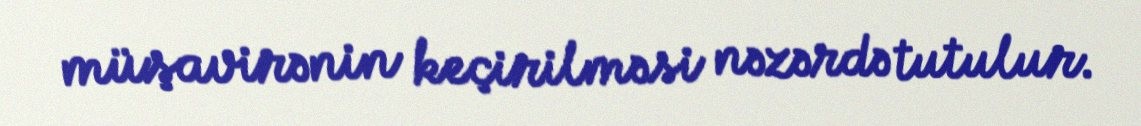
müşavirənin keçirilməsi nəzərdə tutulur.